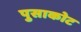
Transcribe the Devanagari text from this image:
पुसाकोट